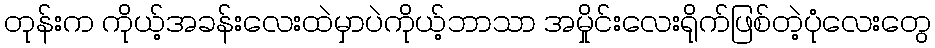
တုန်းက ကိုယ့်အခန်းလေးထဲမှာပဲကိုယ့်ဘာသာ အမှိုင်းလေးရိုက်ဖြစ်တဲ့ပုံလေးတွေ